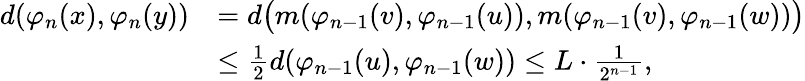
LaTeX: \begin{array}{rl}{d(\varphi_{n}(x),\varphi_{n}(y))}&{=d\big(m(\varphi_{n-1}(v),\varphi_{n-1}(u)),m(\varphi_{n-1}(v),\varphi_{n-1}(w))\big)}\\ &{\leq\frac{1}{2}d(\varphi_{n-1}(u),\varphi_{n-1}(w))\leq L\cdot\frac{1}{2^{n-1}},}\end{array}